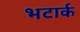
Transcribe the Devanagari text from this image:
भटार्क